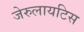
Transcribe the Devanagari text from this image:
जेरुलायटिस